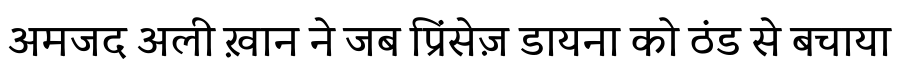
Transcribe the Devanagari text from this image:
अमजद अली ख़ान ने जब प्रिंसेज़ डायना को ठंड से बचाया